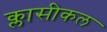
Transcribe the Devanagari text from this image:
क्लासीकल